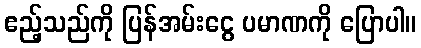
ဧည့်သည်ကို ပြန်အမ်းငွေ ပမာဏကို ပြောပါ။